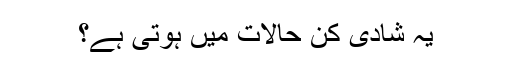
یہ شادی کن حالات میں ہوتی ہے؟